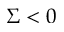
\Sigma < 0